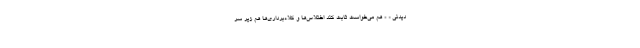
دیدنی « » هم می‌خواست ثابت کند اختلاس‌ها و کلاه‌برداری‌ها هم زیر سر